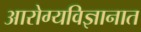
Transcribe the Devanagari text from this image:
आरोग्यविज्ञानात